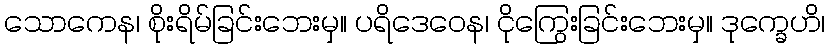
သောကေန၊ စိုးရိမ်ခြင်းဘေးမှ။ ပရိဒေဝေန၊ ငိုကြွေးခြင်းဘေးမှ။ ဒုက္ခေဟိ၊